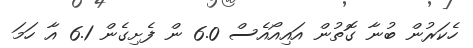
ހެކަރުން ބުނާ ގޮތުން އައިއޯއެސް 6.0 ން ފެށިގެން 6.1 އާ ހަމަ